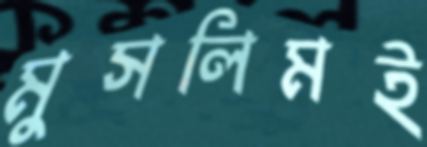
মুসলিমই